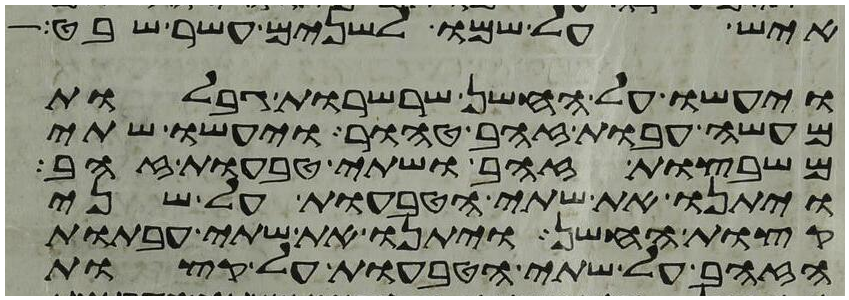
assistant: איש על שמו לשנים עשר שבט
ויעשו על החשן שרשרות גבלות
מעשה עבות זהב טהור ויעשו שתי
משבצות זהב ושתי טבעות זהב
ויתנו את שתי הטבעות על שני
קצות החשן ויתנו את שתי העבתות
הזהב על שתי הטבעות על קצות